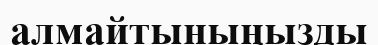
алмайтыныңызды